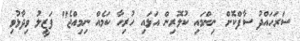
ސަރަހައްދު ސާފްކޮށް ނިންމައި ކުލޮރިން އަޅައި ހުރިހާ ކަމެއް ނިމިއްޖެ" ފަޒީލު ވިދާޅުވި